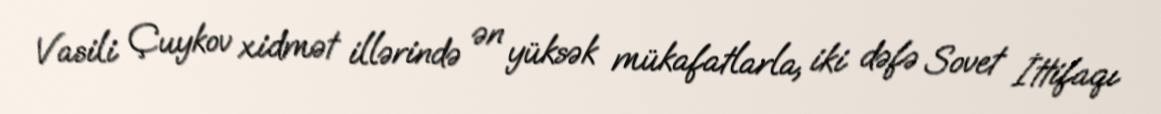
Vasili Çuykov xidmət illərində ən yüksək mükafatlarla, iki dəfə Sovet İttifaqı